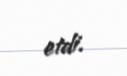
etdi.